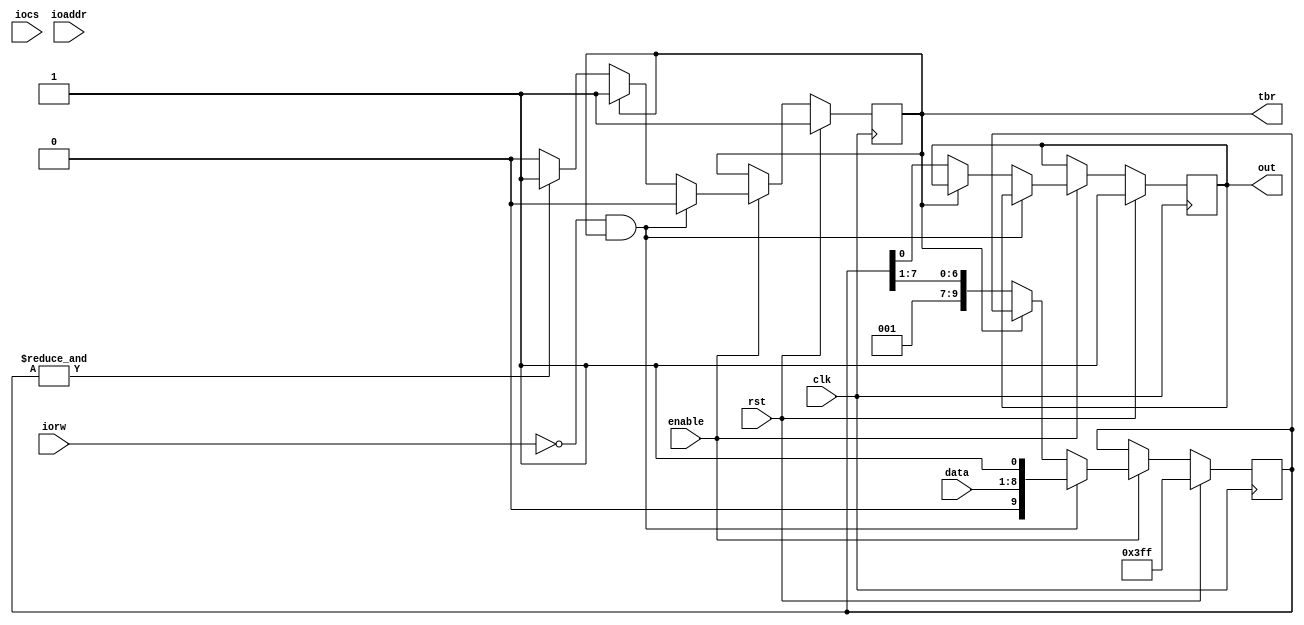
module transmit(
    input clk,
    input rst,
    input iocs,
    input iorw,
    input enable,
    input [1:0] ioaddr,
    input [7:0] data,

    output reg out,
    output reg tbr
    );

    reg [9:0] shiftReg; // two extra bits for start and stop

    always @(posedge clk) begin

        // reset
        if (rst) begin
            tbr <= 1'b1;
            out <= 1'b1;
            shiftReg <= 10'h3FF;

        // write baud
        end else if (enable) begin

            // if write enable and start write
            if (~iorw & tbr) begin
                shiftReg <= {1'b0, data, 1'b1};
                tbr <= 1'b0;

            // if we are in the middle of writing
            end else if (~tbr) begin

                // shift out data
                out <= shiftReg[0];
                shiftReg <= {1'b1, shiftReg[7:1]};

                // if all data shifted out, signal ready
                if (&shiftReg) begin
                    tbr <= 1'b1;
                end else begin
                    tbr <= tbr;
                end

            // I don't know what state this is
            end else begin
                tbr <= tbr;
                out <= out;
                shiftReg <= shiftReg;
            end

        // idle
        end else begin
            tbr <= tbr;
            out <= out;
            shiftReg <= shiftReg;
        end
    end

endmodule

module receive(
    input in,
    input clk,
    input rst,
    input iocs,
    input iorw,
    input enable,
    input [1:0] ioaddr,

    output reg rda,
    output reg [7:0] data
    );

    reg [9:0] shiftReg; // two extra bits for start and stop

    always @(posedge clk) begin

        // reset
        if (rst) begin
            shiftReg <= 10'h3FF;
            data <= 8'b0;
            rda <= 1'b0;

        // read operation is occuring
        end else if (iorw) begin
            rda <= 1'b0;
            shiftReg <= 10'h3FF;
            data <= data;

        // read baud
        end else if (enable) begin

            // we have received a full byte
            if (shiftReg[9] & ~shiftReg[0]) begin
                data <= shiftReg;
                shiftReg <= 10'h3FF;
                rda <= 1'b1;

            // we are still reading
            end else begin
                data <= data;
                rda <= rda;
                shiftReg <= {in, shiftReg[9:1]};
            end

        // idle
        end else begin
            shiftReg <= shiftReg;
            data <= data;
            rda <= rda;
        end

    end

endmodule